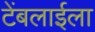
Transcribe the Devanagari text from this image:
टेंबलाईला